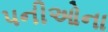
પનીઓના